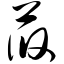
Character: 莜